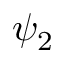
\psi _ { 2 }